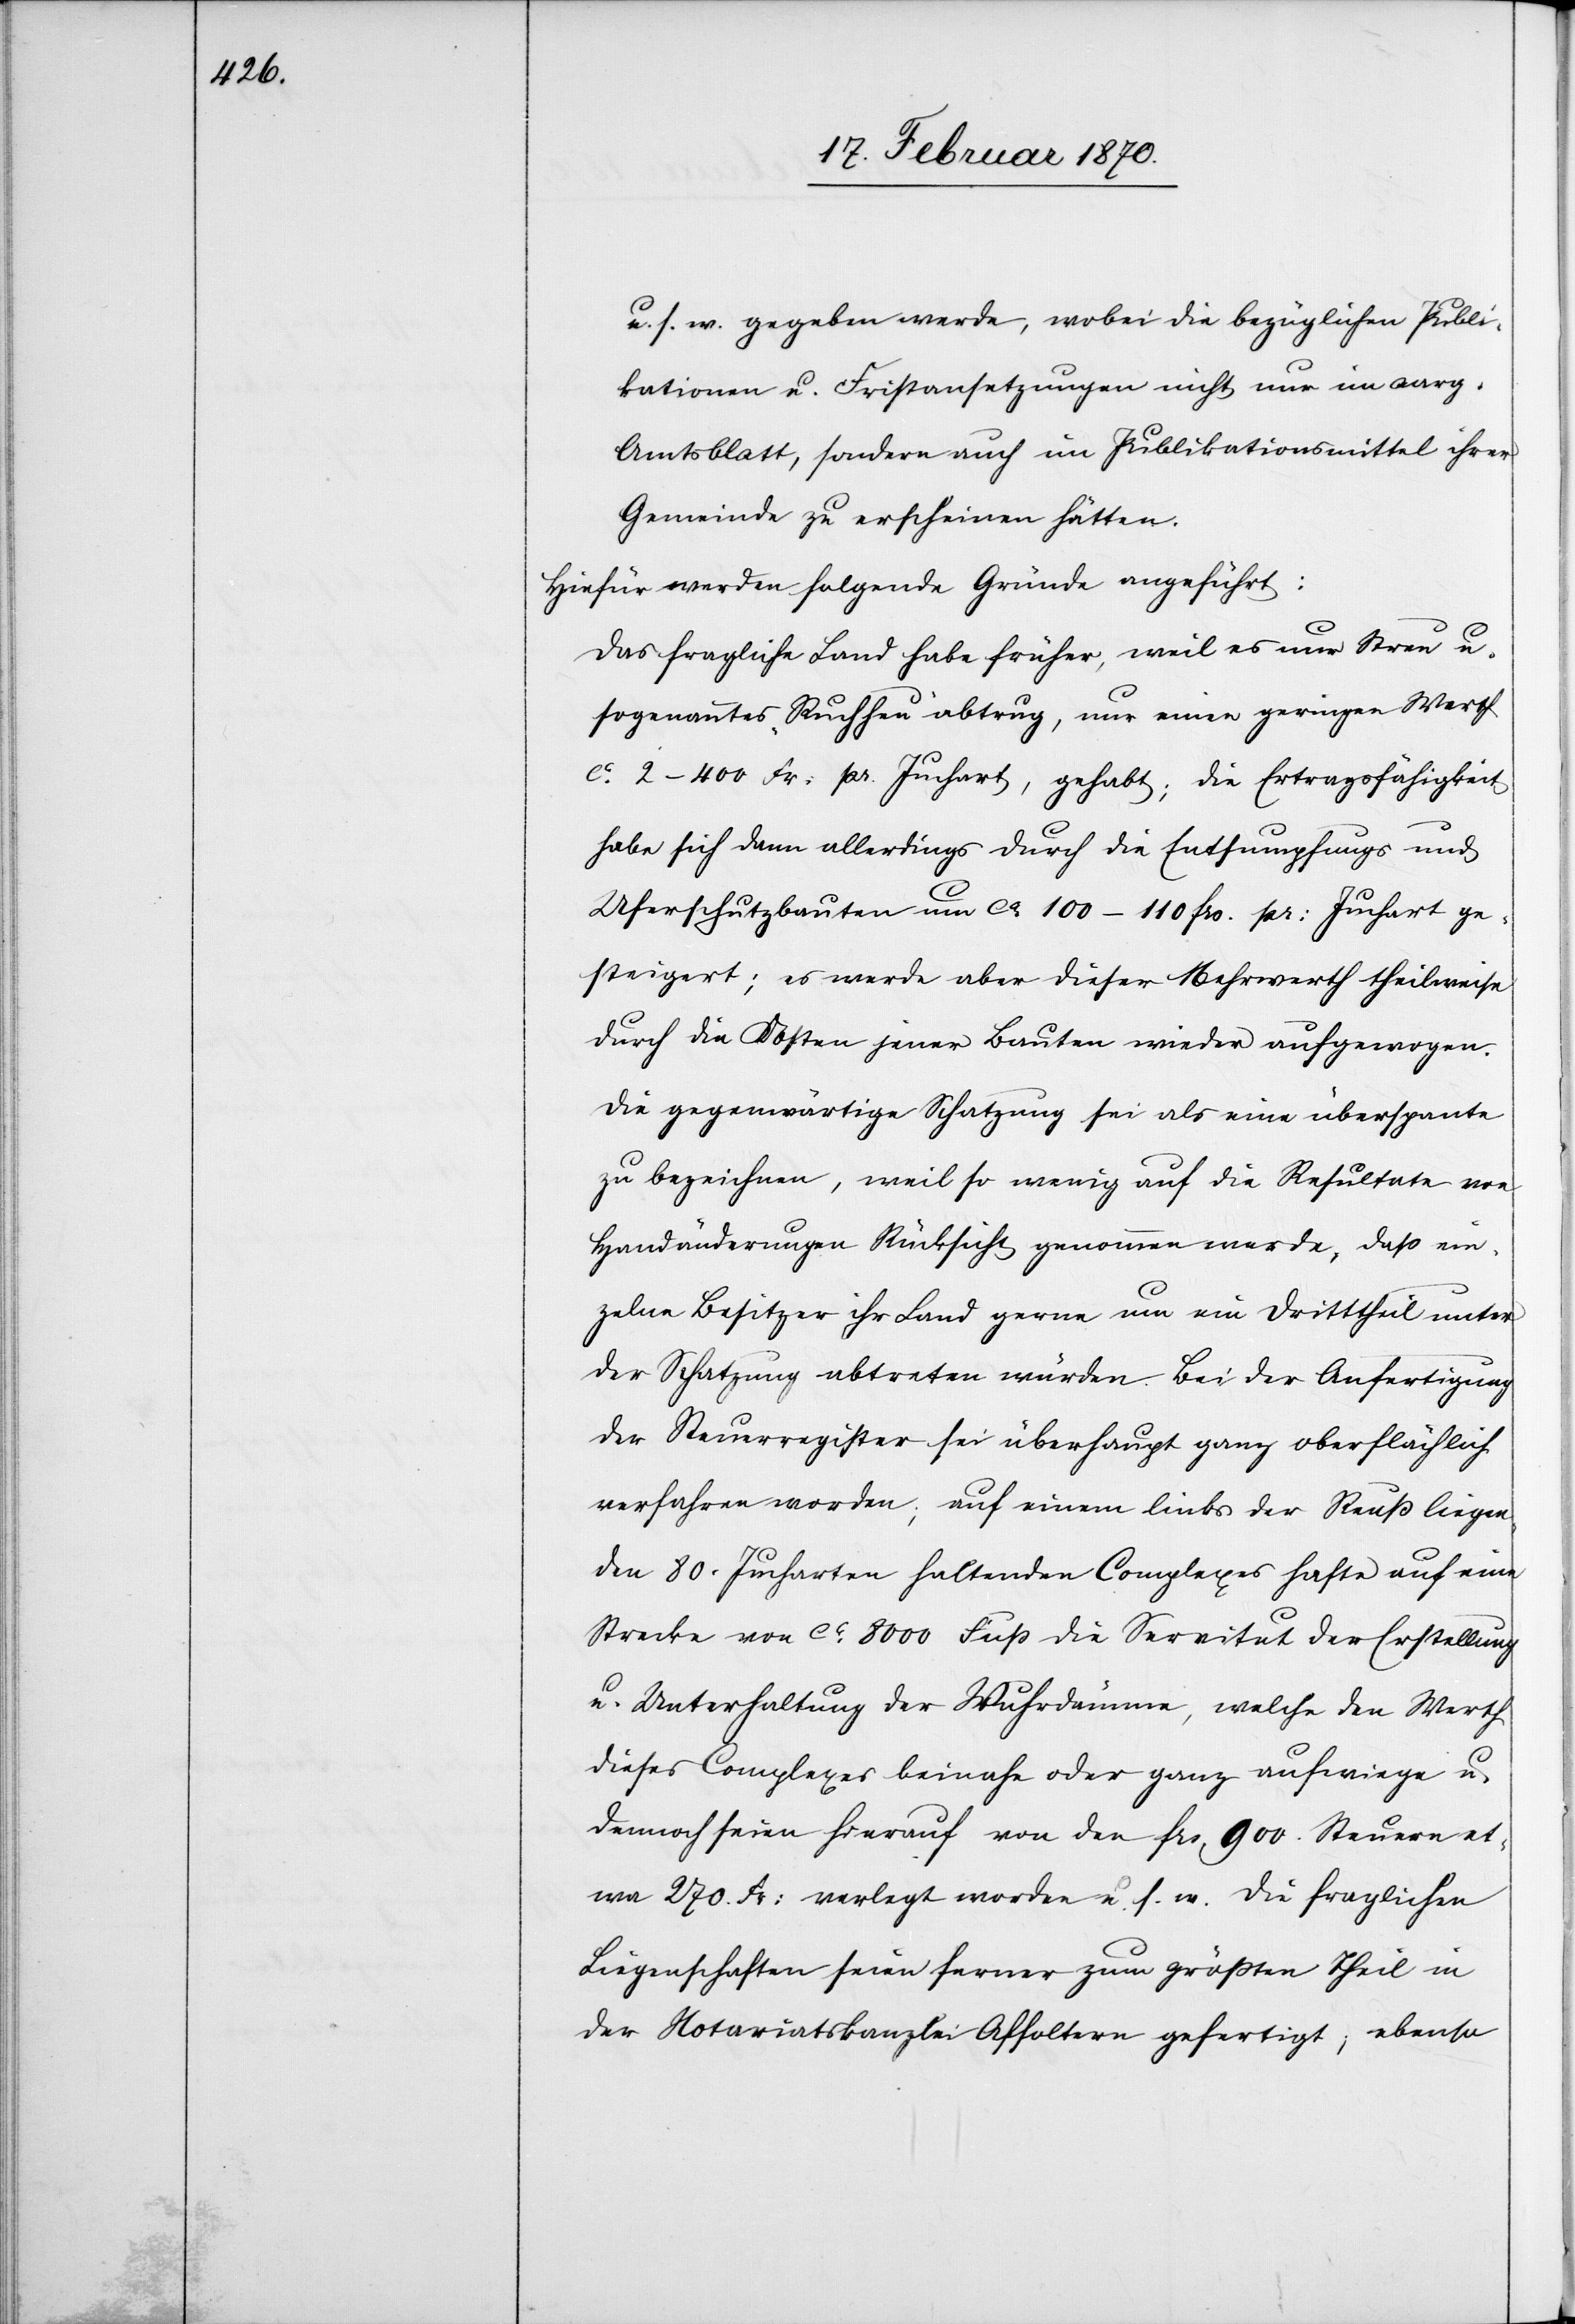
u. s. w. gegeben werde, wobei die bezüglichen Publi¬
kationen u. Fristansetzungen nicht nur im aarg.
Amtsblatt, sondern auch im Publikationsmittel ihrer
Gemeinde zu erscheinen hätten.
Hiefür werden folgende Gründe angeführt:
Das fragliche Land habe früher, weil es nur Streu u.
sogenanntes Ruchheu abtrug, nur einen geringen Werth
ca. 2–400 Fr. pr. Juchart, gehabt; die Ertragsfähigkeit
habe sich dann allerdings durch die Entsumpfungs[-] und
Uferschutzbauten um ca. 100–110 frs. pr: Juchart ge¬
steigert; es werde aber dieser Mehrwerth theilweise
durch die Kosten jener Bauten wieder aufgewogen.
Die gegenwärtige Schatzung sei als eine überspante
zu bezeichnen, weil so wenig auf die Resultate von
Handänderungen Rücksicht genommen werde, dass ein¬
zelne Besitzer ihr Land gerne um ein Dritttheil unter
der Schatzung abtreten würden. Bei der Anfertigung
der Steuerregister sei überhaupt ganz oberflächlich
verfahren worden; auf einem links der Reuss liegen¬
den 80. Jucharten haltenden Complexes hafte auf eine
Strecke von ca. 8000 Fuss die Servitut der Erstellung
u. Unterhaltung der Wuhrdämme, welche den Werth
dieses Complexes beinahe oder ganz aufwiege u.
dennoch seien hierauf von den frs 900. Steuern et¬
wa 270. Fr: verlegt worden u. s. w. Die fraglichen
Liegenschaften seien ferner zum grössten Theil in
der Notariatskanzlei Affoltern gefertigt; ebenso